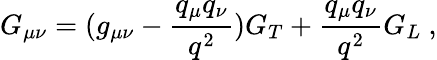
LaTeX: {G}_{\mu\nu}=(g_{\mu\nu}-\frac{q_{\mu}q_{\nu}}{q^{2}})G_{T}+\frac{q_{\mu}q_{\nu}}{q^{2}}G_{L}~,